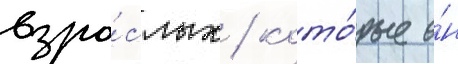
взро́слых / кото́рые о́н